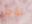
تؤجل